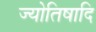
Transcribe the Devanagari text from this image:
ज्योतिषादि